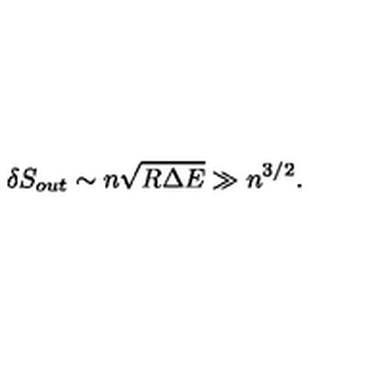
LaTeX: \delta S _ { o u t } \sim n \sqrt { R \Delta E } \gg n ^ { 3 / 2 } .